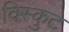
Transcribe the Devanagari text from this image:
विस्कुट